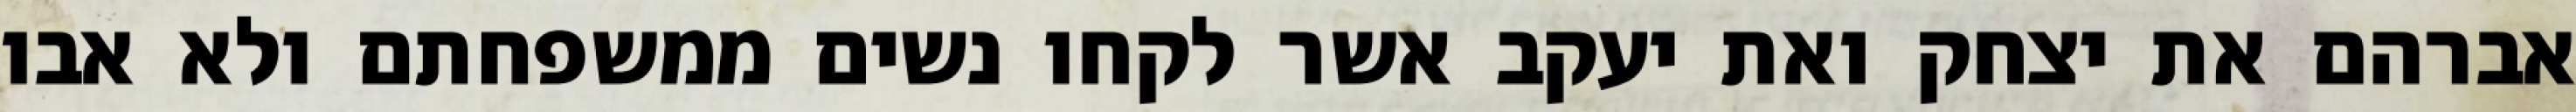
אברהם את יצחק ואת יעקב אשר לקחו נשים ממשפחתם ולא אבו